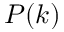
P ( k )